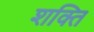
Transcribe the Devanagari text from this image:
श्‍ाक्‍ित